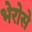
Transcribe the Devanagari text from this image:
भेरोसे